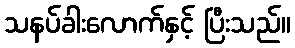
သနပ်ခါးလောက်နှင့် ပြီးသည်။